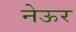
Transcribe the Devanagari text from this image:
नेऊर